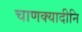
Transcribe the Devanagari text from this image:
चाणक्यादीनि